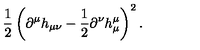
\frac { 1 } { 2 } \left( \partial ^ { \mu } h _ { \mu \nu } - \frac { 1 } { 2 } \partial ^ { \nu } h _ { \mu } ^ { \mu } \right) ^ { 2 } .